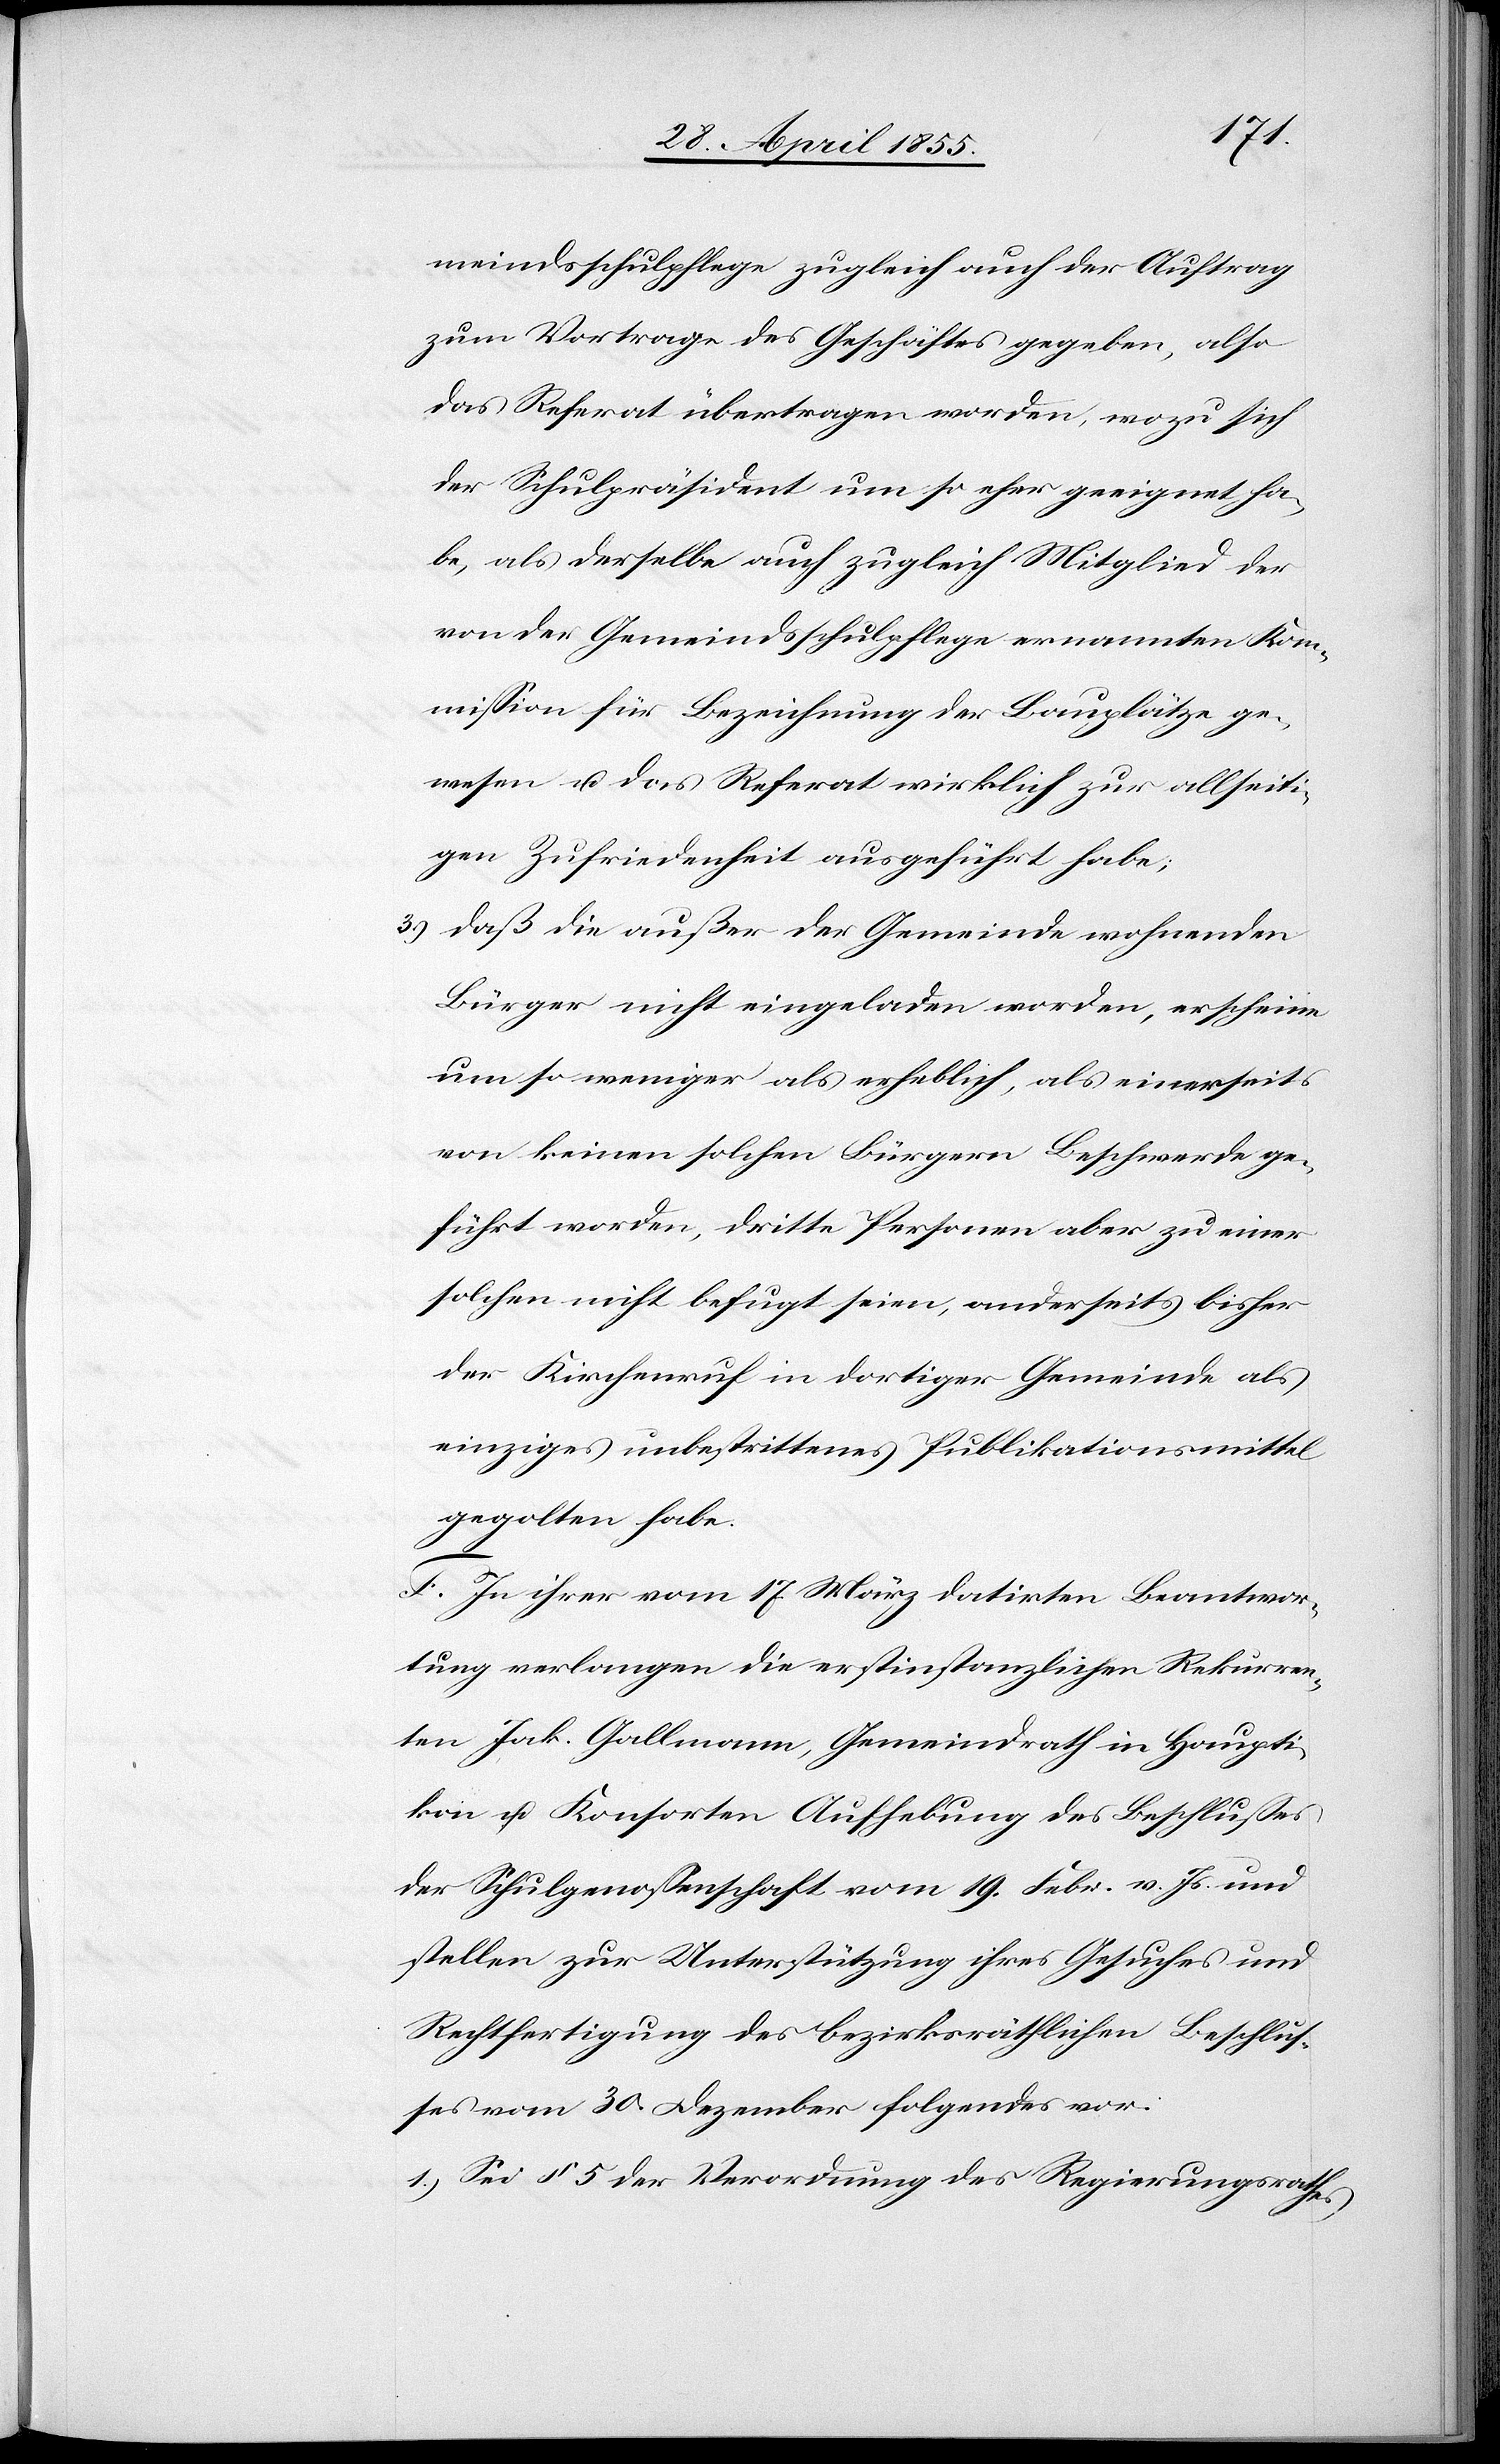
meindsschulpflege zugleich auch der Auftrag
zum Vortrage des Geschäftes gegeben, also
das Referat übertragen worden, wozu sich
der Schulpräsident um so eher geeignet ha¬
be, als derselbe auch zugleich Mitglied der
von der Gemeindsschulpflege ernannten Kom¬
mission für Bezeichnung der Bauplätze ge¬
wesen u. das Referat wirklich zur allseit¬
igen Zufriedenheit ausgeführt habe;
daß die außer der Gemeinde wohnenden
Bürger nicht eingeladen worden, erscheine
um so weniger als erheblich, als einerseits
von keinen solchen Bürgern Beschwerde ge¬
führt worden, dritte Personen aber zu einer
solchen nicht befugt seien, anderseits bisher
der Kirchenruf in dortiger Gemeinde als
einziges unbestrittenes Publikationsmittel
gegolten habe.
F. In ihrer vom 17. März datirten Beantwor¬
tung verlangen die erstinstanzlichen Rekurren¬
ten Jak. Gallmann, Gemeindrath in Haupti¬
kon u. Konsorten Aufhebung des Beschlusses
der Schulgenossenschaft vom 19. Febr. v. Js. und
stellen zur Unterstützung ihres Gesuches und
Rechtfertigung des bezirksräthlichen Beschlus¬
ses vom 30. Dezember folgendes vor:
Sei § 5 der Verordnung des Regierungsrathes